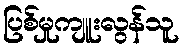
ပြစ်မှုကျူးလွန်သူ